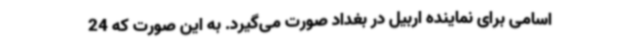
اسامی برای نماینده اربیل در بغداد صورت می‌گیرد. به این صورت که 24